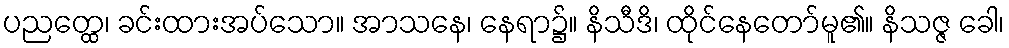
ပညတ္ထေ၊ ခင်းထားအပ်သော။ အာသနေ၊ နေရာ၌။ နိသီဒိ၊ ထိုင်နေတော်မူ၏။ နိသဇ္ဇ ခေါ၊